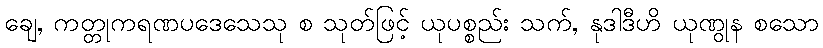
ချေ, ကတ္တုကရဏပဒေသေသု စ သုတ်ဖြင့် ယုပစ္စည်း သက်, နုဒါဒီဟိ ယုဏွုန စသော